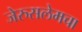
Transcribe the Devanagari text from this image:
जेरुसलेमचा